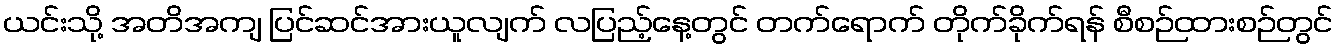
ယင်းသို့ အတိအကျ ပြင်ဆင်အားယူလျက် လပြည့်နေ့တွင် တက်ရောက် တိုက်ခိုက်ရန် စီစဉ်ထားစဉ်တွင်